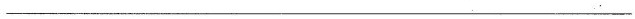
___